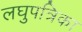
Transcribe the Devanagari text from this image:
लघुपत्रिका